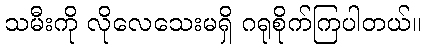
သမီးကို လိုလေသေးမရှိ ဂရုစိုက်ကြပါတယ်။